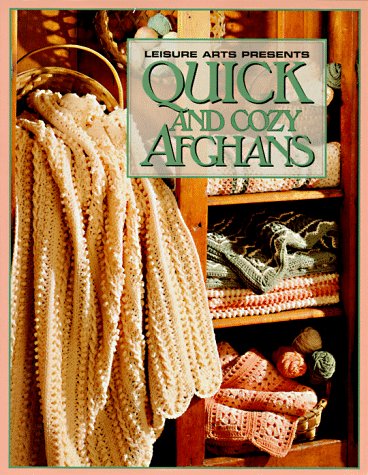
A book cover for Quick And Cozy Afghans (Leisure Arts #102626); Leisure Arts; Crafts, Hobbies & Home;